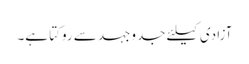
آزادی کیلئے جدوجہد سے روکتا ہے۔